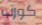
كورب